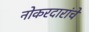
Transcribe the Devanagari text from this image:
नोकरदारांचे